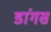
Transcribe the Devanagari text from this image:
डांगस